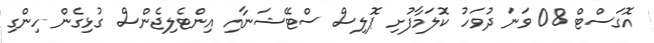
އޮގަސްޓް 08 ވަނަ ދުވަހު ކޮލަމާފުށި ޕޮލިސް ސްޓޭޝަނާއި އިންޓެލިޖެންސް ގުޅިގެން ހިންގި